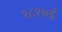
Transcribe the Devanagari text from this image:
१८१७ई